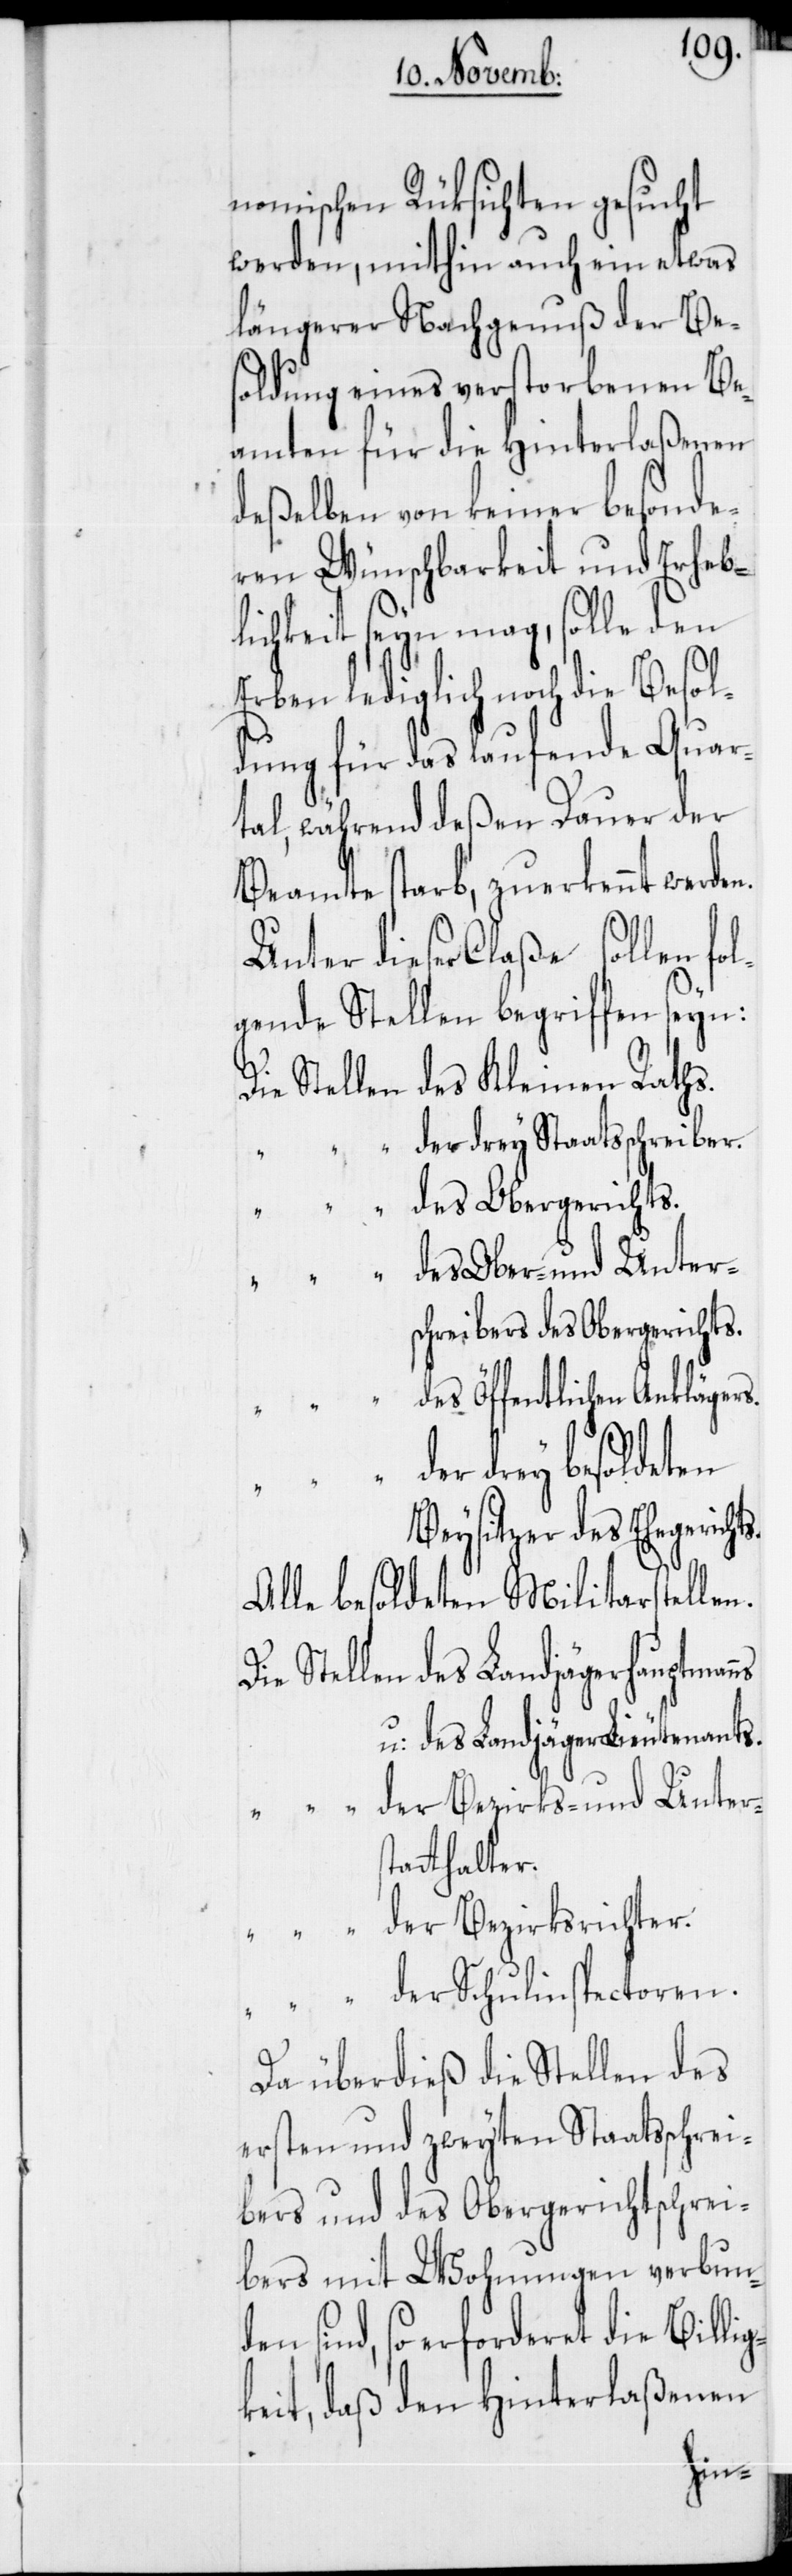
nomischen Rüksichten gesucht
werden, mithin auch ein etwas
längerer Nachgenuß der Be¬
soldung eines verstorbenen Be¬
ßenen
amten für die Hint¬
deßelben von keiner besonde¬
Besol¬
ren Wünschbarkeit und
ichkeit seyn mag,
s.
Erben lediglich noch
dung für das laufende
tal, während deßen Dauer der
Beamte starb, zuerkennt werde¬
Unter dieser Claße sollen fol¬
gende Stellen begriffen seyn:
Die Stellen des Kleinen Raths.
“ der drey Staatsschreiber.
“ des Obergerichts.
“ des Ober- und Unters¬
chreibers des Obergerichts.
des Öffentlichen Anklägers.
der drey besoldeten
Beysitzer des Ehegericht¬
Alle besoldeten Militarstellen.
Die Stellen des Landjägerhauptman¬
u: des Landjäger-Lieutenants.
“ “ der Bezirks- und Unter¬
statthalter.
“ “ der Bezirksrichter.
“ “ der Schulinspectoren.
Da überdieß die Stellen des
ersten und zweyten Staatsschrei¬
bers und des Obergerichtschrei¬
bers mit Wohnungen verbun¬
den sind, so erforderet die Billig¬
keit, daß den Hinterlaßenen
ns